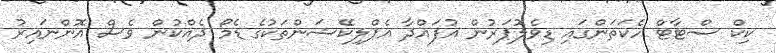
ކިކް ސްޓާޓް ހެކަތަންގައި ޑިވެލޮޕަރުން އުފައްދާ އެޕްލިކޭޝަންތަކުގެ ޑެމޯ ދެއްކުން ވެސް އޮންނައިރު